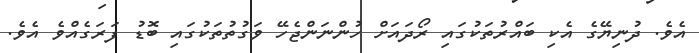
އެވެ. ދުނިޔޭގެ އެކި ބައްރުތަކުގައި ރޯދައަށް ހުންނަންޖެހޭ ވަގުތުތަކުގައި ބޮޑު ފަރަގެއްވެ އެވެ.